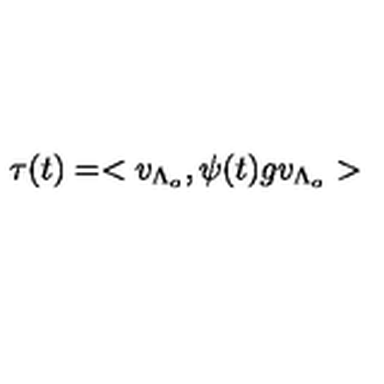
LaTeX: \tau ( t ) = < v _ { \Lambda _ { o } } , \psi ( t ) g v _ { \Lambda _ { o } } >